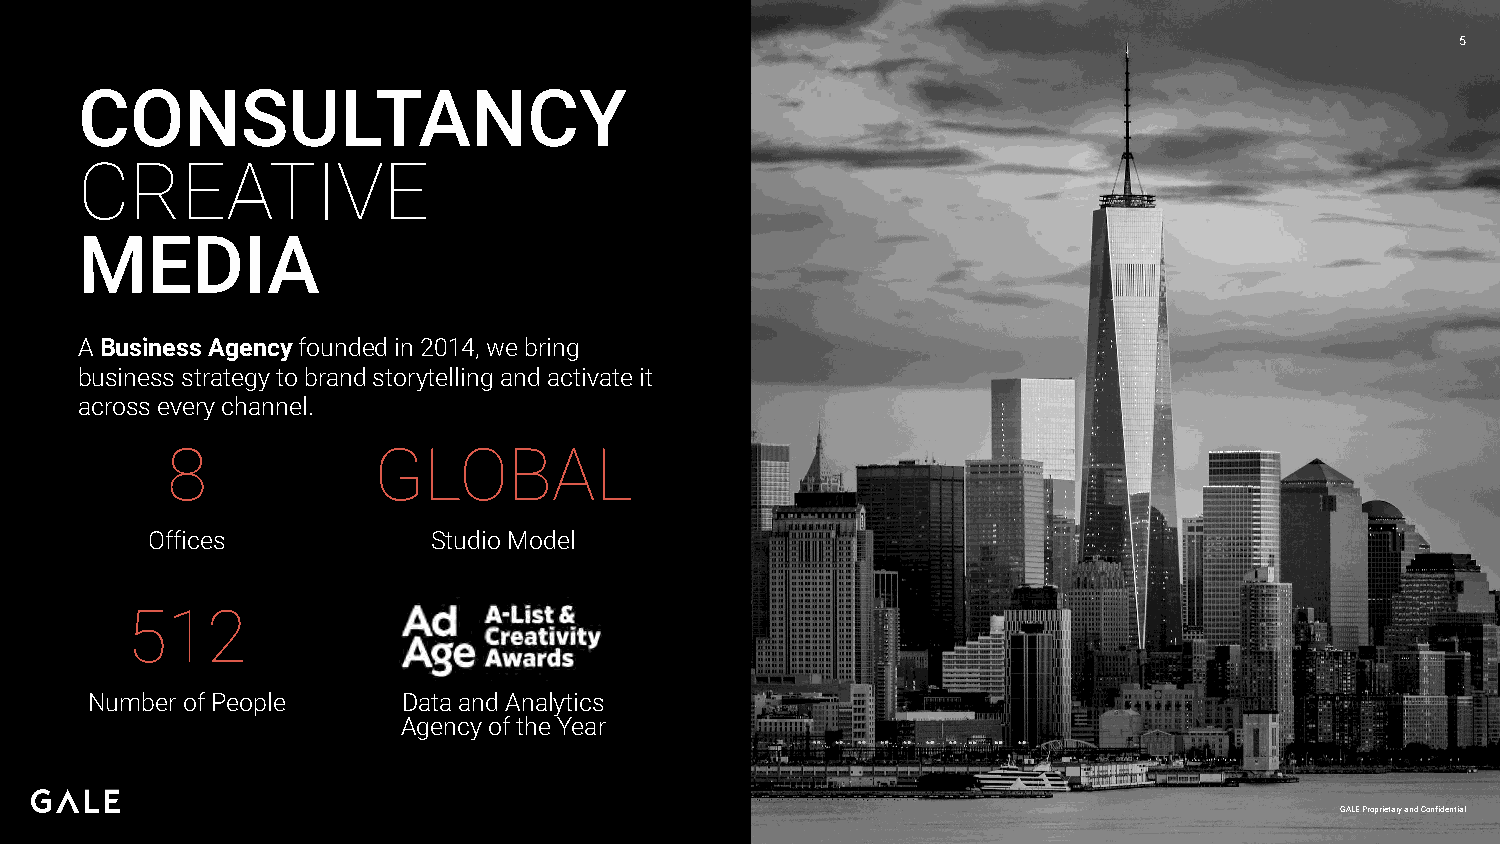
5
 CONSULTANCY
 CREATIVE
 MEDIA
 A Business Agency founded in 2014, we bring
 business strategy to brand storytelling and activate it
 across every channel.
 8             GLOBAL
 Offices            Studio Model
 512
 Number of People     Data and Analytics
 Agency of the Year
 GGAALLEE PPrroopprriieettaarryy aanndd CCoonnffiiddeennttiiaall